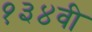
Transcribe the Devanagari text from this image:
१३४वी